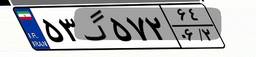
۵۳گ۵۷۲۶۴